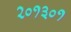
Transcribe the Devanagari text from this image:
२०१३०१